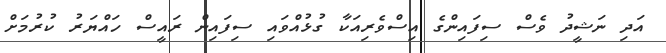
އަދި ނަޝީދު ވެސް ސިފައިންގެ އިސްވެރިއަކާ ގުޅުއްވައި ސިފައިން ރައީސް ހައްޔަރު ކުރުމަށް